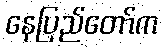
နေပြည်တော်က